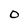
Character: O